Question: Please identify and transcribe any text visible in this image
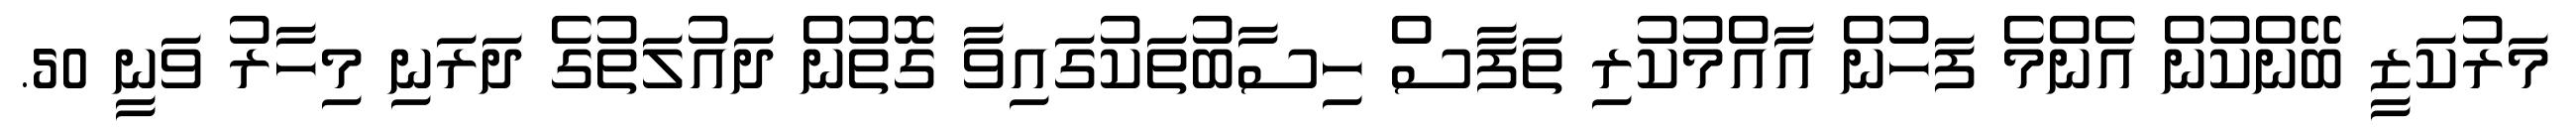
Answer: މަރުކަޒީ ބޭންކުން އެންމެ ފަހުން އާއްމުކުރި ތަފާސް ހިސާބުތަކުގައިވާ ގޮތުން ދައުލަތުގެ ދަރަނި މިހާރު ވަނީ 50.